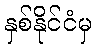
နှစ်နိုင်ငံမှ